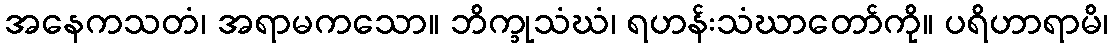
အနေကသတံ၊ အရာမကသော။ ဘိက္ခုသံဃံ၊ ရဟန်းသံဃာတော်ကို။ ပရိဟာရာမိ၊